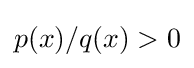
p(x)/q(x)>0